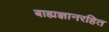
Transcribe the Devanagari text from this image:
बाह्यज्ञानरहित